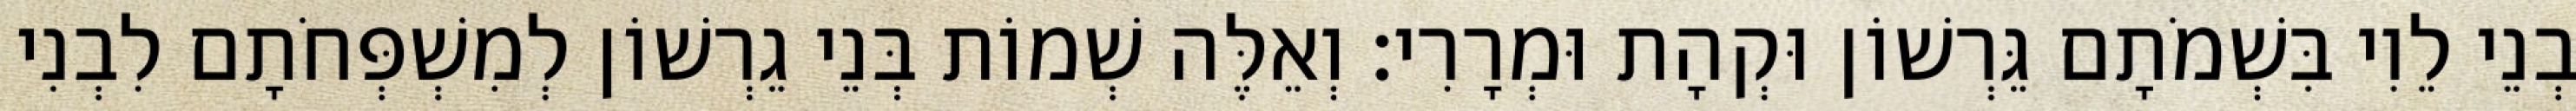
בְנֵי לֵוִי בִּשְׁמֹתָם גֵּרְשׁוֹן וּקְהָת וּמְרָרִי׃ וְאֵלֶּה שְׁמוֹת בְּנֵי גֵרְשׁוֹן לְמִשְׁפְּחֹתָם לִבְנִי